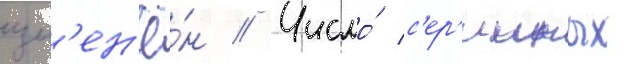
изм'ен'ё́н // Число́ с'ер'ииных